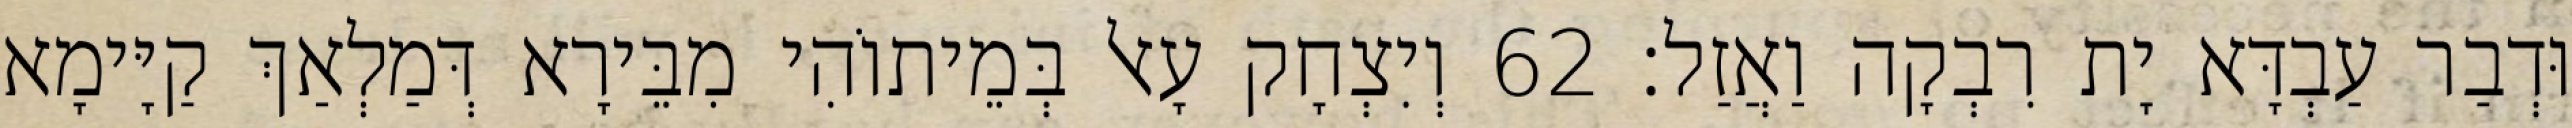
וּדְבַר עַבְדָּא יָת רִבְקָה וַאֲזַל׃ 62 וְיִצְחָק עָאל בְּמֵיתוֹהִי מִבֵּירָא דְּמַלְאַךְ קַיָּימָא